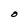
Character: O